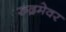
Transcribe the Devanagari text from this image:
रुद्रमेवर